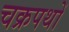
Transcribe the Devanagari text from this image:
चक्रपथों